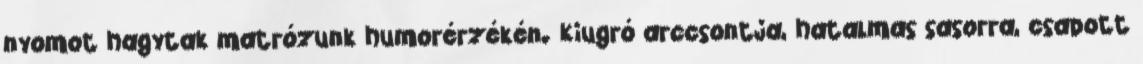
nyomot hagytak matrózunk humorérzékén. Kiugró arccsontja, hatalmas sasorra, csapott